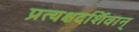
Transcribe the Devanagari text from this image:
प्रत्यक्षदर्शिवान्